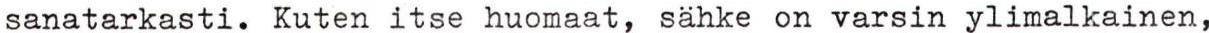
sanatarkasti. Kuten itse huomaat, sähke on varsin ylimalkainen,